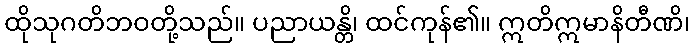
ထိုသုဂတိဘဝတို့သည်။ ပညာယန္တိ၊ ထင်ကုန်၏။ ဣတိဣမာနိတီဏိ၊